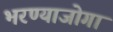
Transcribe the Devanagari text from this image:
भरण्याजोगा